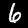
Digit: 6